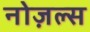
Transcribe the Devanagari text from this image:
नोज़ल्स